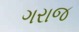
ગરાજ